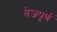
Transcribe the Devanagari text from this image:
तेजपूर्ण